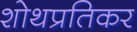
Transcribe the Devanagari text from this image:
शोथप्रतिकर